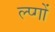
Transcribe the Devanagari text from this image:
ल्प्गों